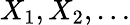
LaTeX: X_{1},X_{2},\dots